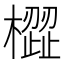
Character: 𣚟